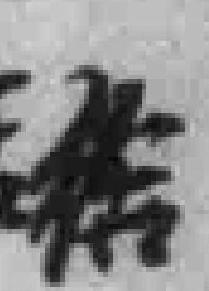
给